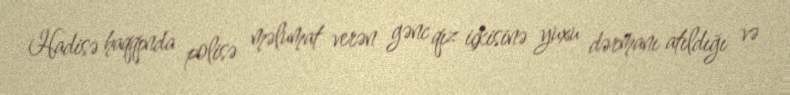
Hadisə haqqında polisə məlumat verən gənc qız içkisinə yuxu dərmanı atıldığı və